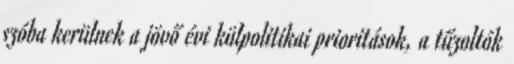
szóba kerülnek a jövő évi külpolitikai prioritások, a tűzoltók